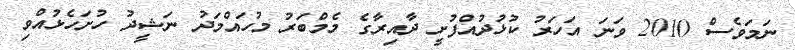
ނަމަވެސް 2010 ވަނަ އަހަރު ކުޅުދުއްފުށީ ދާއިރާގެ މެމްބަރު މުހައްމަދު ނަޝީދު ހުށަހެޅުއްވި